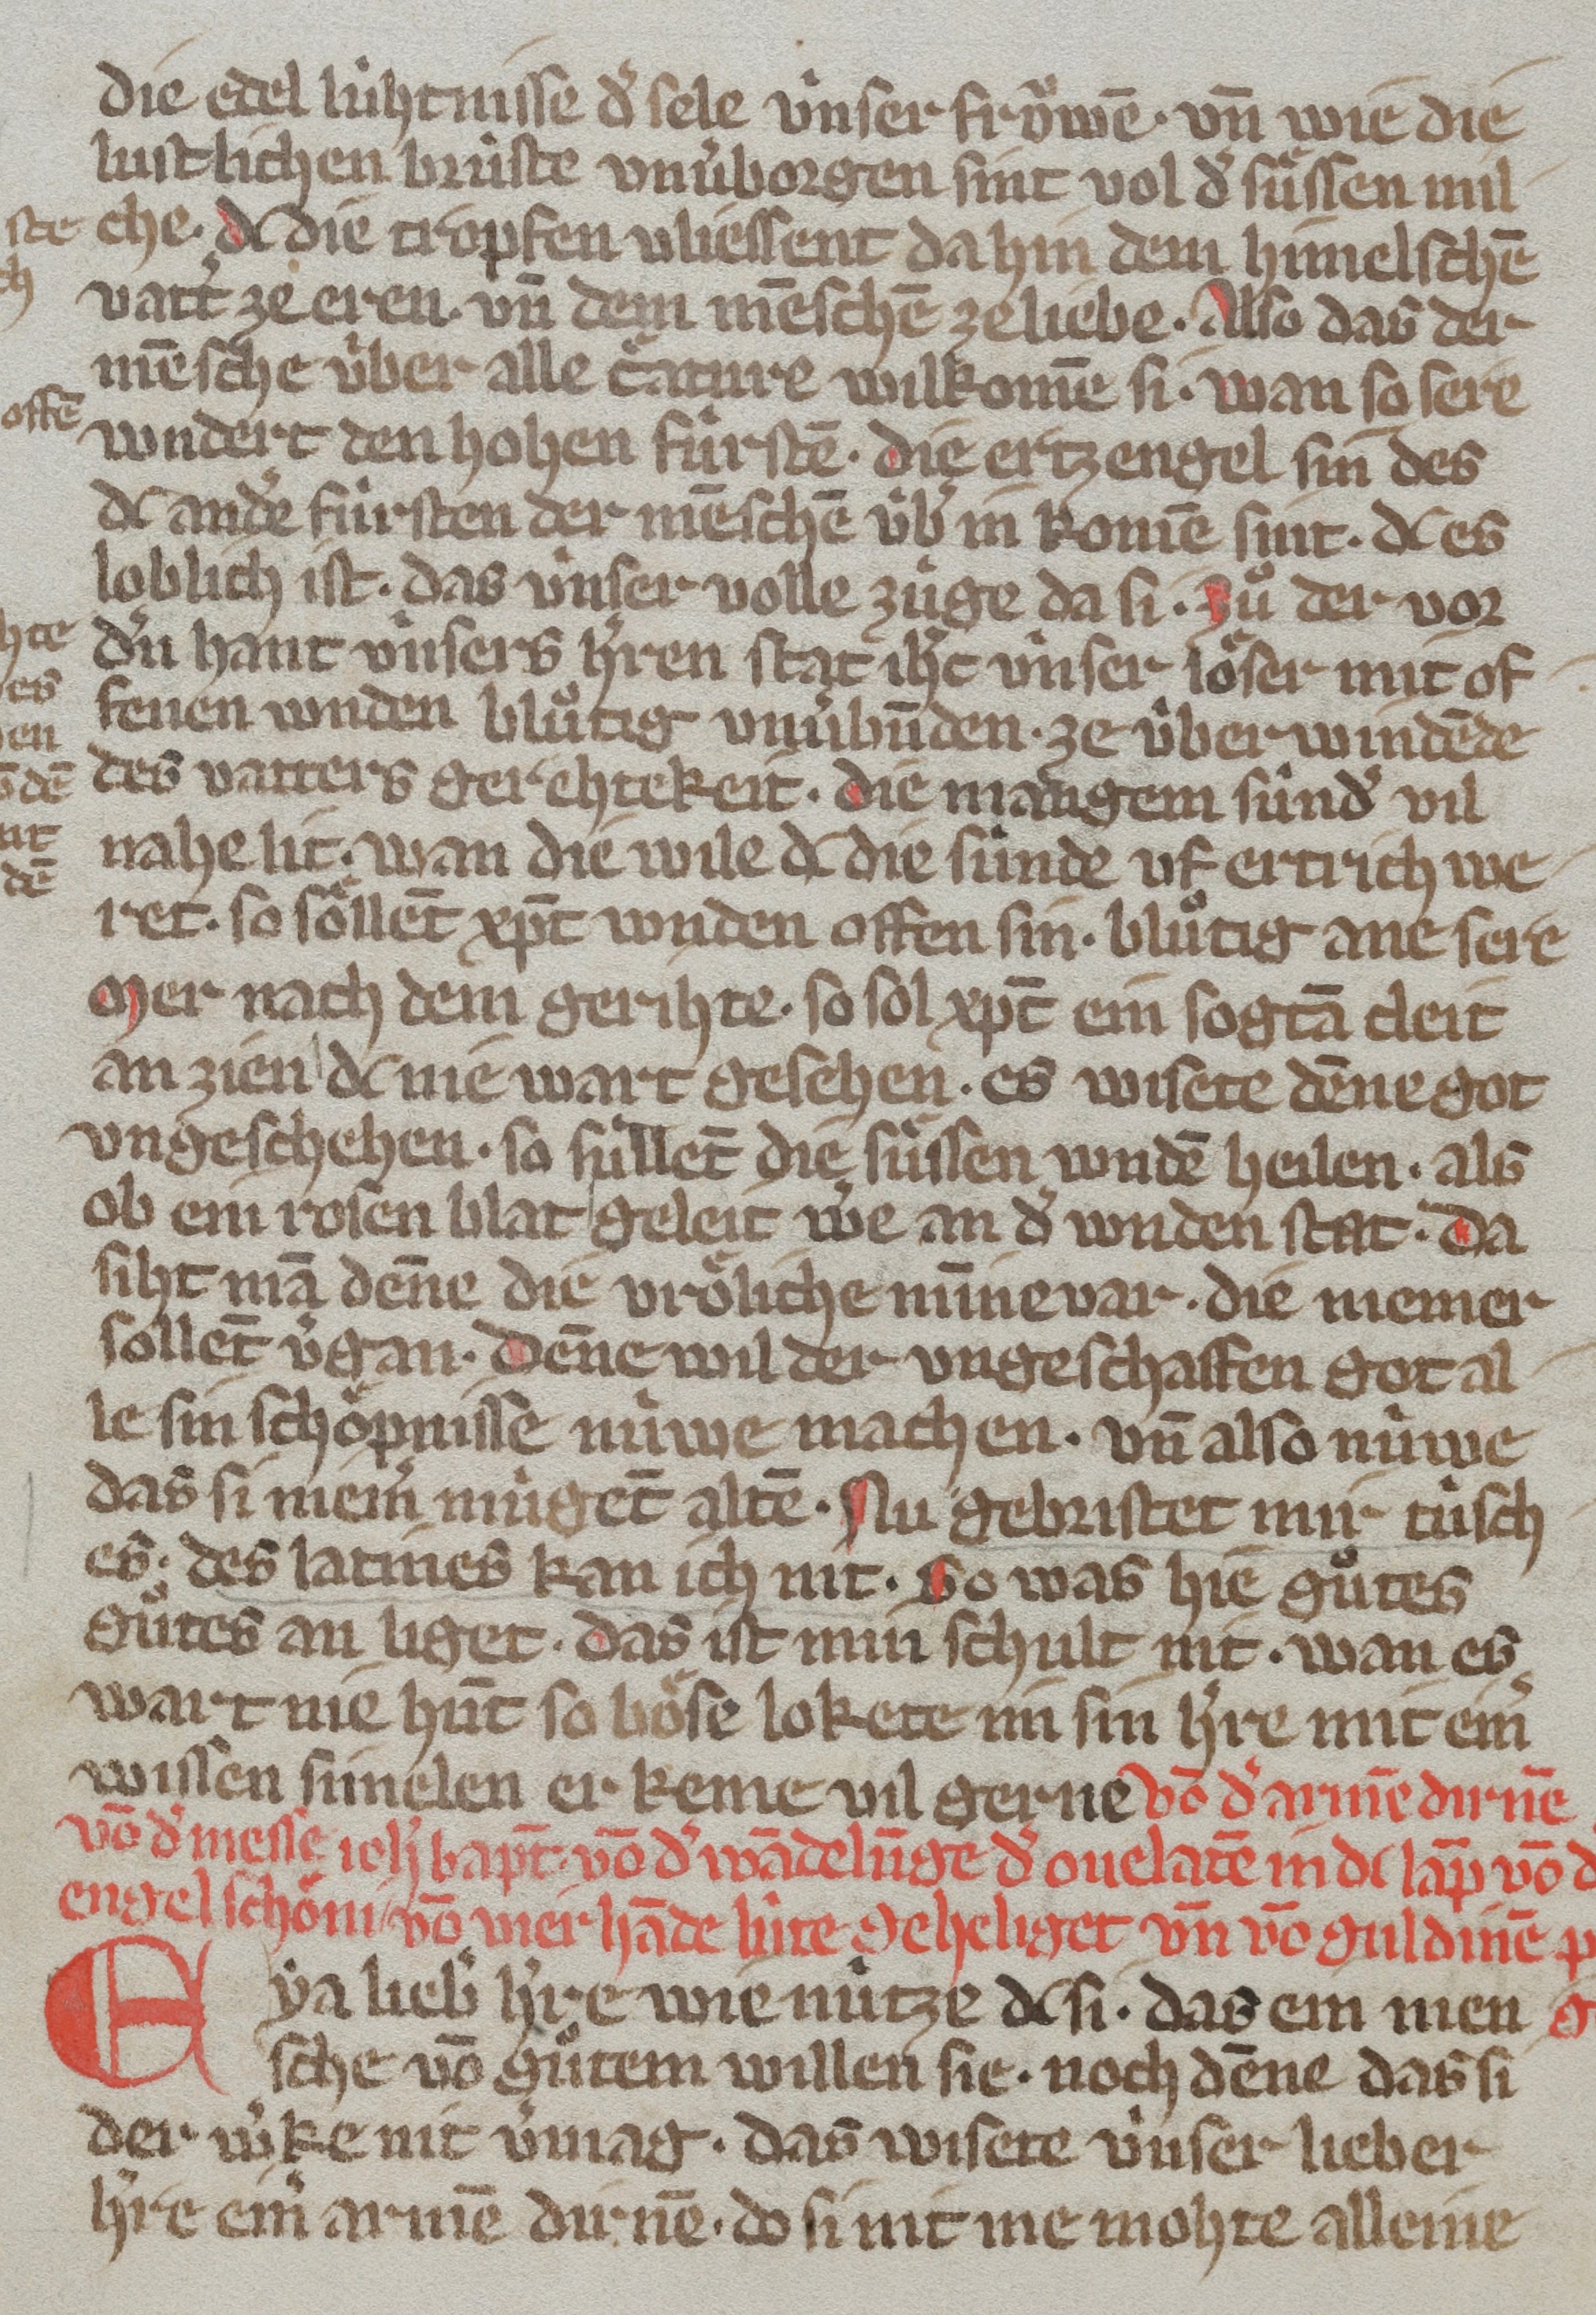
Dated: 1350–1374